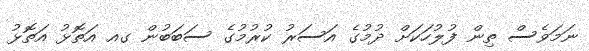
ނަމަވެސް ތިން ފުލުހަކަށް ދުމުގެ އަސަރު ކުރުމުގެ ސަބަބުން ގއ އަތޮޅު އަތޮޅު